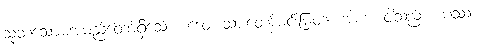
သုတသောမအမည်တော်ရှိသော။ ဒေဝ၊ သားတော်မင်းမြတ်။ အဟံ၊ ငါသည်။ ယဿ၊